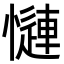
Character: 𢣜